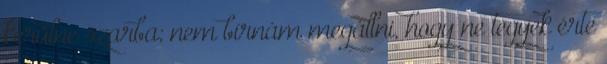
kerülne szarba; nem bírnám megállni, hogy ne tegyek érte